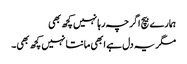
ہمارے بیچ اگرچہ رہا نہیں کچھ بھی
مگر یہ دل ہے ابھی مانتا نہیں کچھ بھی۔